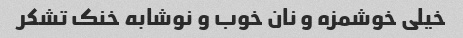
خیلی خوشمزه و نان خوب و نوشابه خنک تشکر